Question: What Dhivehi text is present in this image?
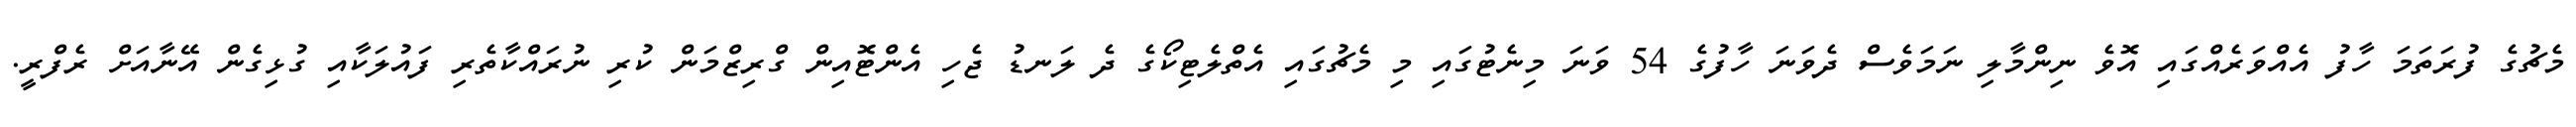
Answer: މެޗުގެ ފުރަތަމަ ހާފު އެއްވަރެއްގައި އޮވެ ނިންމާލި ނަމަވެސް ދެވަނަ ހާފުގެ 54 ވަނަ މިނެޓުގައި މި މެޗުގައި އެތްލެޓިކޯގެ ދެ ލަނޑު ޖެހި އެންޓޮއިން ގްރިޒްމަން ކުރި ނުރައްކާތެރި ފައުލަކާއި ގުޅިގެން އޭނާއަށް ރެފްރީ.